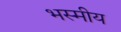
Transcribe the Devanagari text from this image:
भस्मीय